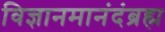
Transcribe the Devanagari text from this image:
विज्ञानमानंदंब्रह्म